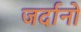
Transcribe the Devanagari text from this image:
जर्दानो